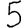
Digit: 5